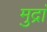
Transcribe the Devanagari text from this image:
मुद्रां